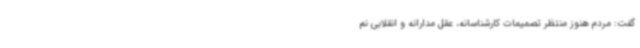
گفت: مردم هنوز منتظر تصمیمات کارشناسانه، عقل مدارانه و انقلابی نم